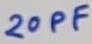
Text: 20PF